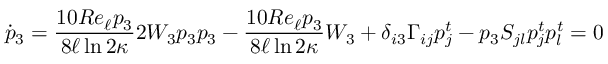
\dot { p } _ { 3 } = \frac { 1 0 R e _ { \ell } p _ { 3 } } { 8 \ell \ln { 2 \kappa } } 2 W _ { 3 } p _ { 3 } p _ { 3 } - \frac { 1 0 R e _ { \ell } p _ { 3 } } { 8 \ell \ln { 2 \kappa } } W _ { 3 } + \delta _ { i 3 } \Gamma _ { i j } p _ { j } ^ { t } - p _ { 3 } S _ { j l } p _ { j } ^ { t } p _ { l } ^ { t } = 0